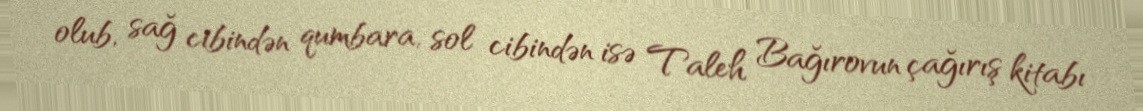
olub, sağ cibindən qumbara, sol cibindən isə Taleh Bağırovun çağırış kitabı